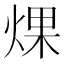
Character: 㷄